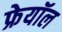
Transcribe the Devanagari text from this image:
फ्रेयॉल